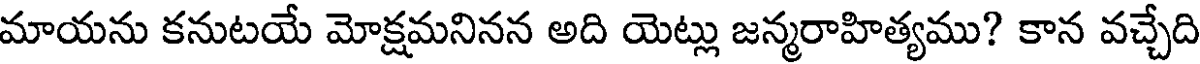
మాయను కనుటయే మోక్షమనినన అది యెట్లు జన్మరాహిత్యము? కాన వచ్చేది